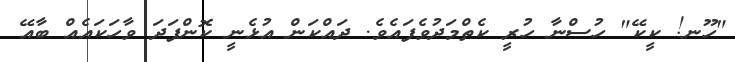
"ހޫނ! ކީކޭ" ހުސްނާ ހުރީ ކެތްމަދުވެފައެވެ. ދައްކަން އުޅެނީ ކޮންފަދަ ވާހަކައެއް ބާއޭ